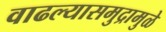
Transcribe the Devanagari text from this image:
वाढल्यासमुद्रामुळे